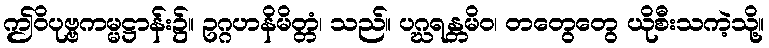
ဤဝိပုဗ္ဗကမ္မဋ္ဌာန်း၌။ ဥဂ္ဂဟနိမိတ္တံ၊ သည်။ ပဂ္ဃရန္တမိဝ၊ တတွေတွေ ယိုစီးသကဲ့သို့။